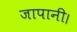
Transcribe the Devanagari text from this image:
जापानी।